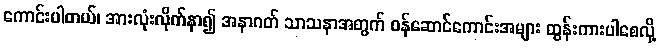
ကောင်းပါတယ်၊ အားလုံးလိုက်နာ၍ အနာဂတ် သာသနာအတွက် ဝန်ဆောင်ကောင်းအများ ထွန်းကားပါစေလို့